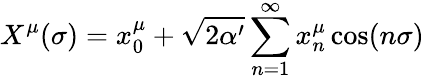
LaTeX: X^{\mu}(\sigma)=x_{0}^{\mu}+\sqrt{2\alpha^{\prime}}\sum_{n=1}^{\infty}{x_{n}^{\mu}\cos(n\sigma)}